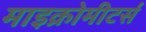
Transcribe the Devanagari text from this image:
माइक्रोमीटर्स